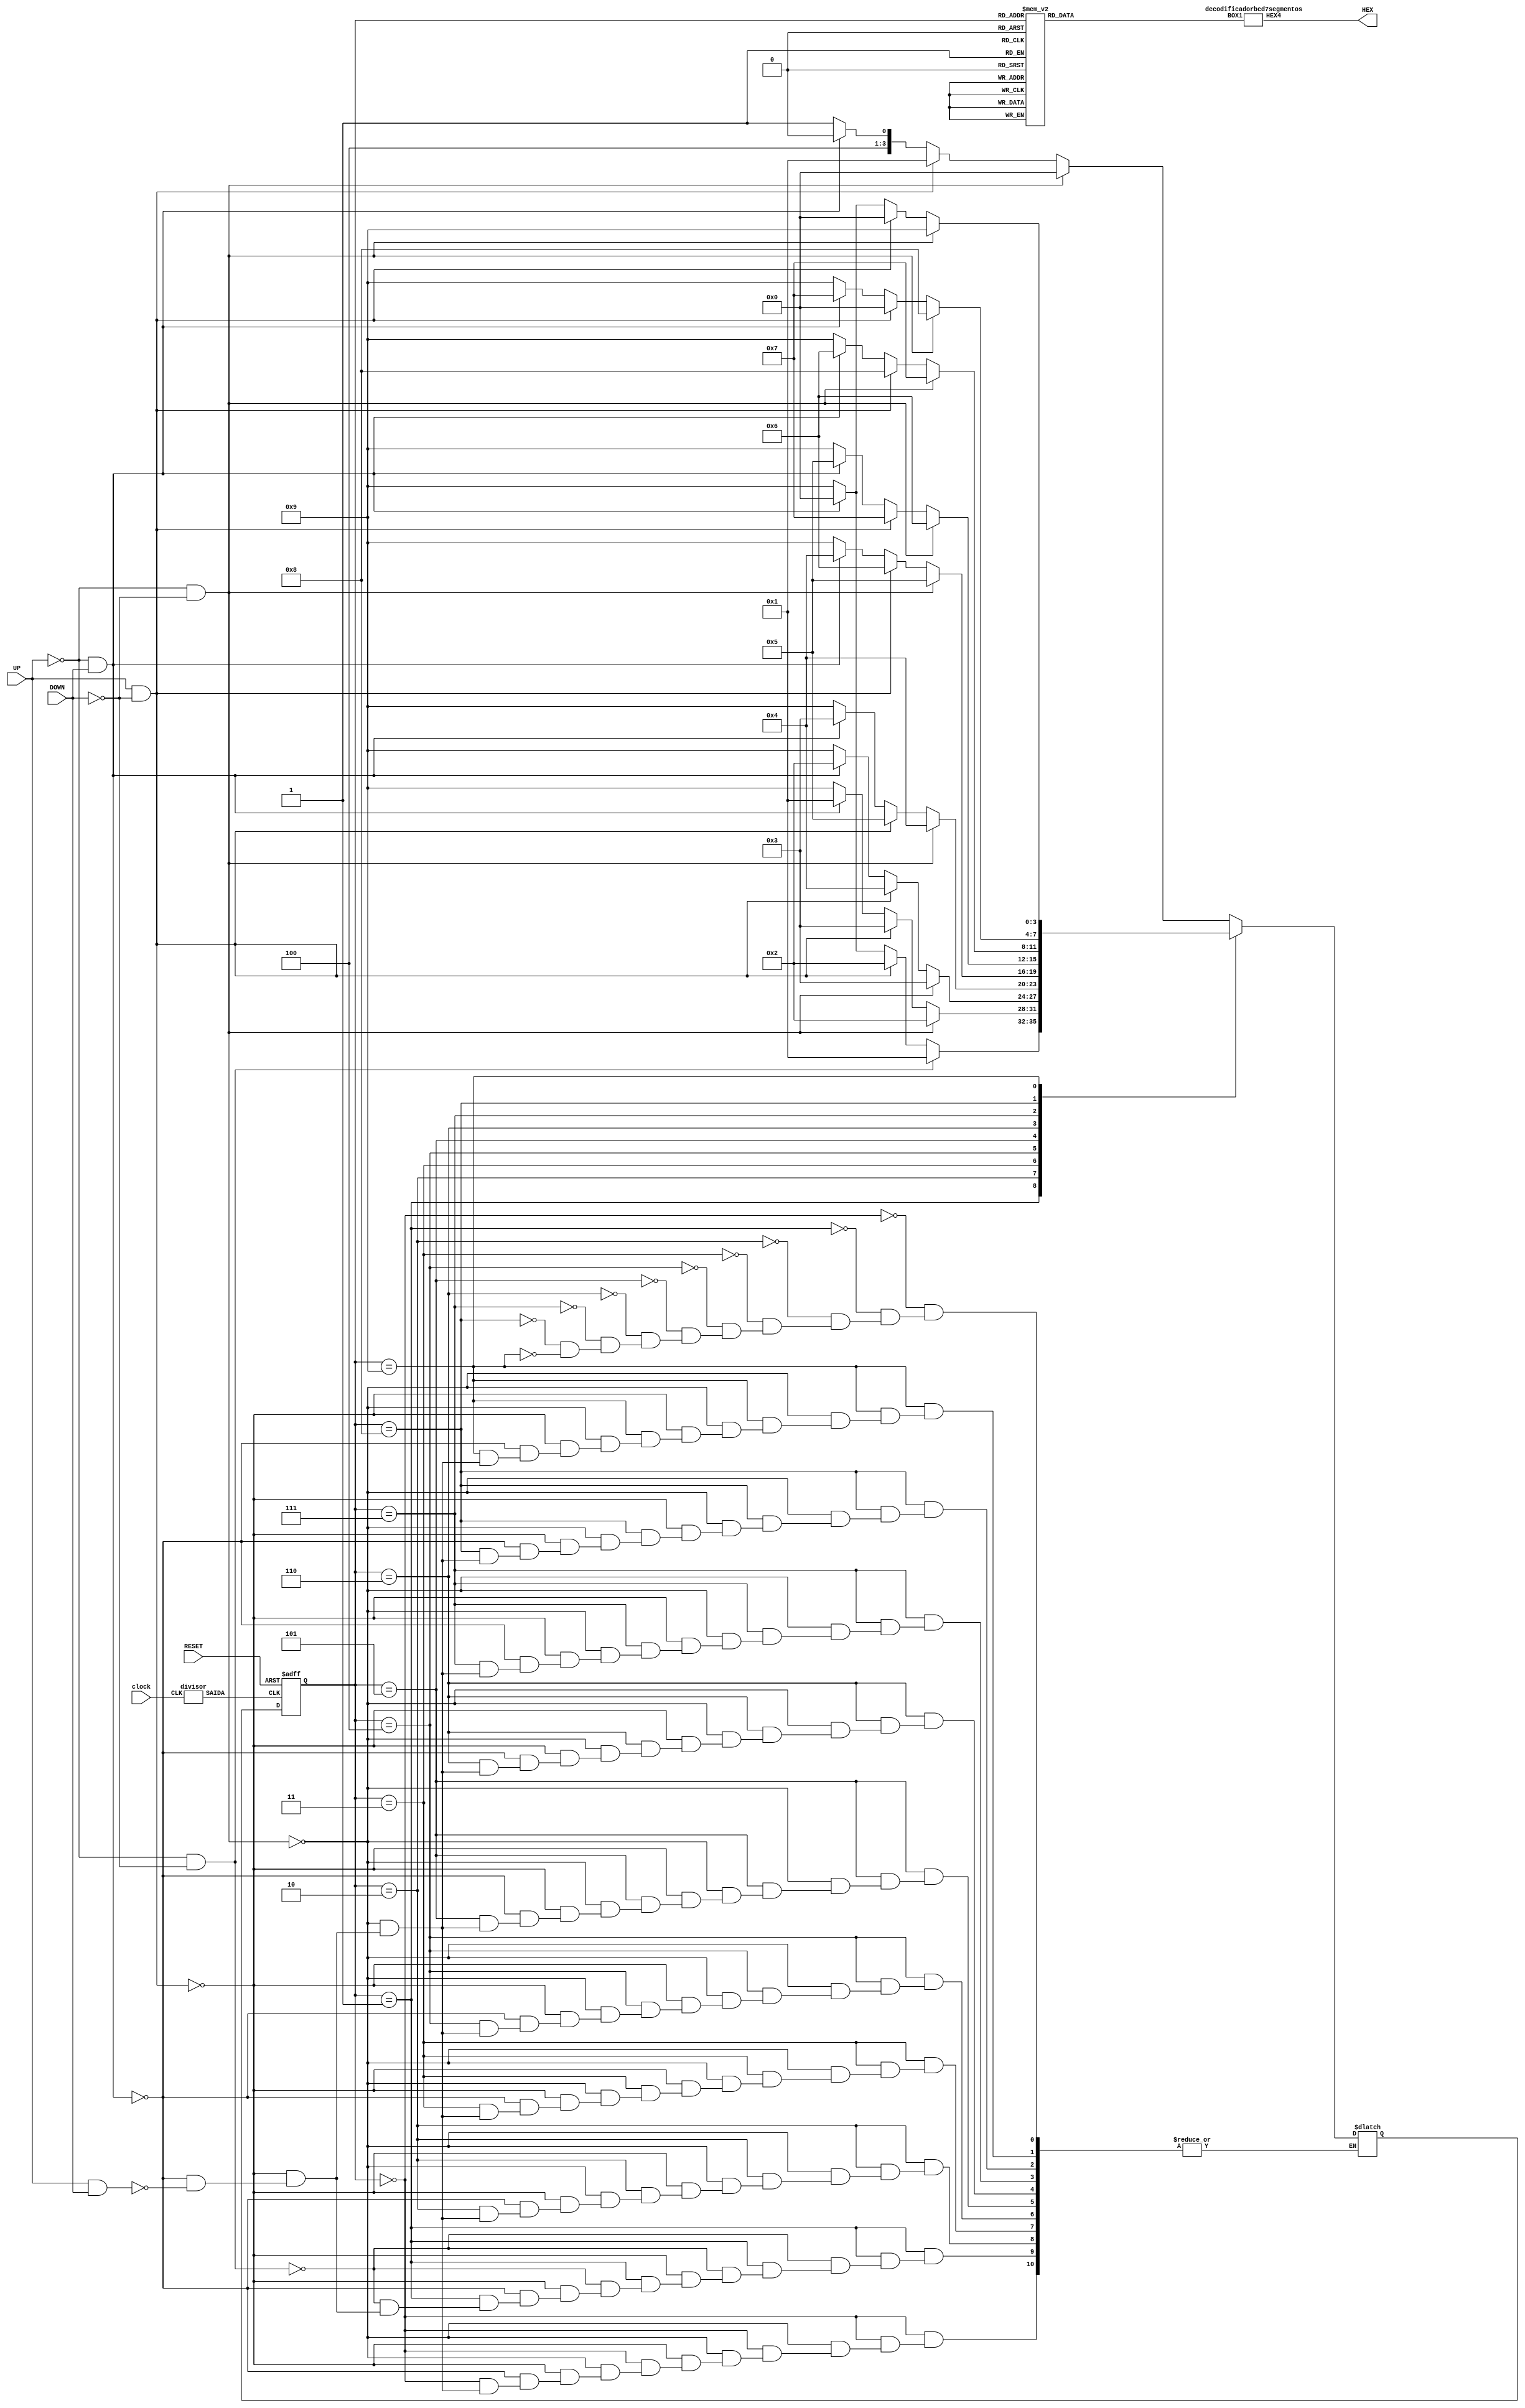
module maquina_moore ( input clock, input RESET, output [0:6] HEX, input UP, input DOWN);
reg [ 3 : 0 ] Z; //tipo padro. Define as saidas
reg [ 3 : 0] estado_atual, proximo_estado; //define tres bits
wire OUT;
// reg declara os fios intermediarios

parameter A = 0, B = 1, C = 2, D = 3, E = 4, F = 5, G = 6, H = 7, I = 8, display_apagado = 9; 




always @ ( UP or DOWN or estado_atual) 

    begin
    case (estado_atual) //define proximo estado
    
    A: if (UP==0 & DOWN==0) proximo_estado =  A; //mantem estado atual
        else if (UP==1 & DOWN==0) proximo_estado = B; //contagem crescente
        else if (UP==0 & DOWN==1) proximo_estado = I; //contagem decrescente
        else if (UP==1 & DOWN==1) proximo_estado = display_apagado;
        
    B: if (UP==0 && DOWN==0 ) proximo_estado = B;
        else if (UP==1 & DOWN==0) proximo_estado = C; 
        else if (UP==0 & DOWN==1) proximo_estado = A;
        else if (UP==1 & DOWN==1) proximo_estado = display_apagado;
        
    C: if (UP==0 & DOWN==0 ) proximo_estado = C;
        else if (UP==1 & DOWN==0) proximo_estado = D; 
        else if (UP==0 & DOWN==1) proximo_estado = B;
        else if (UP==1 & DOWN==1) proximo_estado = display_apagado;
        
    D: if (UP==0 & DOWN==0 ) proximo_estado = D;
        else if (UP==1 & DOWN==0) proximo_estado = E; 
        else if (UP==0 & DOWN==1) proximo_estado = C;
        else if (UP==1 & DOWN==1) proximo_estado = display_apagado;   
        
        
    E: if (UP==0 & DOWN==0 ) proximo_estado = E;
        else if (UP==1 & DOWN==0) proximo_estado = F; 
        else if (UP==0 & DOWN==1) proximo_estado = D;
        else if (UP==1 & DOWN==1) proximo_estado = display_apagado;
        
    F: if (UP==0 & DOWN==0 ) proximo_estado = F;
        else if (UP==1 & DOWN==0) proximo_estado = G; 
        else if (UP==0 & DOWN==1) proximo_estado = E;
        else if (UP==1 & DOWN==1) proximo_estado = display_apagado;
        
    G: if (UP==0 & DOWN==0 ) proximo_estado = G;
        else if (UP==1 & DOWN==0) proximo_estado = H; 
        else if (UP==0 & DOWN==1) proximo_estado = F;
        else if (UP==1 & DOWN==1) proximo_estado = display_apagado;
        
    H: if (UP==0 & DOWN==0 ) proximo_estado = H;
        else if (UP==1 & DOWN==0) proximo_estado = I; 
        else if (UP==0 & DOWN==1) proximo_estado = G;
        else if (UP==1 & DOWN==1) proximo_estado = display_apagado;
        
    I: if (UP==0 & DOWN==0 ) proximo_estado = I;
        else if (UP==1 & DOWN==0) proximo_estado = A; 
        else if (UP==0 & DOWN==1) proximo_estado = H;
        else if (UP==1 & DOWN==1) proximo_estado = display_apagado;
   
    display_apagado: if (UP==0 & DOWN==0 ) proximo_estado = display_apagado;   
        else if (UP==1 & DOWN==0) proximo_estado = A; 
        else if (UP==0 & DOWN==1) proximo_estado = A;
        else if (UP==1 & DOWN==1) proximo_estado = display_apagado;
    
endcase
end

    always @ ( posedge OUT or posedge RESET)
    begin
    if (RESET == 1) estado_atual <= A;
    else estado_atual <= proximo_estado;
    end
always @ ( estado_atual )
 begin
   case (estado_atual) // Atribui a Z a saida conforme a sequencia
            A : Z = 4'b0101 ; // numero 05
            B : Z = 4'b0000 ; // numero 00
            C : Z = 4'b1000 ; // numero 08
            D : Z = 4'b0100 ; // numero 04
            E : Z = 4'b0001 ; // numero 01
			F : Z = 4'b0011 ; // numero 03
		    G : Z = 4'b1000 ; // numero 08
            H : Z = 4'b1001; // numero 09
		    I : Z = 4'b0010 ; // numero 02
			default: Z = 4'b1111 ; // exibe o display apagado
	endcase
 end
    
     divisor print (.CLK (clock),.SAIDA(OUT));
     decodificadorbcd7segmentos imprimir (.BOX1(Z),.HEX4(HEX));
endmodule


module divisor (CLK, SAIDA);
input CLK;
output reg SAIDA;
reg [25:0] OUT;
always @ (posedge CLK)

   if (OUT == 26'd50000000 )
            begin
              OUT <= 26'd0;
              SAIDA <= 1;
         end
     
    else
        begin
        OUT<= OUT+1;
        SAIDA <= 0;
        
    end
    
endmodule


 module decodificadorbcd7segmentos (BOX1, HEX4);
    input [3:0]BOX1;
    output [6:0]HEX4;
    reg [6:0] saida;
    always @ (*)
        begin
            case ({BOX1[3], BOX1[2], BOX1[1], BOX1[0]})
            // 5 0 8 4 1 3 8 9 2
			4'b0000 : saida = 7'b0000001 ; 
			4'b0001 : saida = 7'b1001111 ;
		   4'b0010 : saida = 7'b0010010 ;
			4'b0011 : saida = 7'b0000110 ;
			4'b0100 : saida = 7'b1001100 ;
		   4'b0101 : saida = 7'b0100100 ;
			4'b0110 : saida = 7'b0100000 ;
			4'b0111 : saida = 7'b0001111 ;
			4'b1000 : saida = 7'b0000000 ;
			4'b1001 : saida = 7'b0000100 ;
			default : saida = 7'b1111111 ; // exibe o display apagado
            endcase
        end
        
    assign HEX4 = saida;
    
    
    
    
    
    endmodule